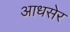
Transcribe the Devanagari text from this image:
आधसेर